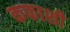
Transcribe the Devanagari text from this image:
कफाशी